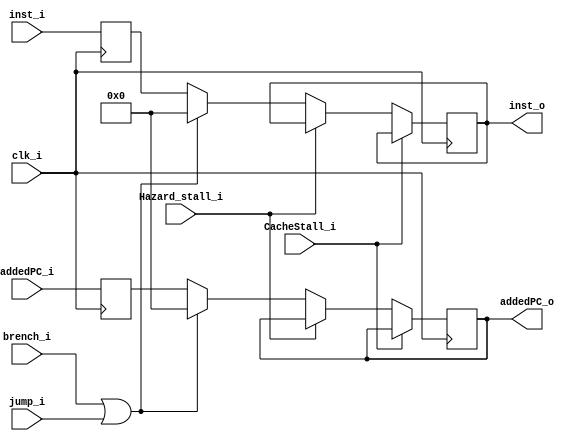
/*flush = jump_i OR brench_i (assign)
  posedge
  negedge
  Hazard_stall_i == 1 flush
  flush == 1 flush
  Hazard_stall_iflush0output addedPC_iinst_i
  (0addedPCinst)
  */
module IF_ID(
  input              clk_i,
  input       [31:0] addedPC_i,
  input              Hazard_stall_i,
  input       [31:0] inst_i,
  input              jump_i,
  input              brench_i,
  input  			 CacheStall_i,
  output reg  [31:0] addedPC_o,
  output reg  [31:0] inst_o 
);

reg [31:0] addedPC;
reg [31:0] inst;


always @(posedge clk_i) begin
  //if (CacheStall_i) begin end
  //else begin 
    addedPC <= addedPC_i;
    inst <= inst_i;
  //end
end

always @(negedge clk_i) begin
  if (CacheStall_i) begin end
  else begin
    if (Hazard_stall_i == 1'b1)begin
    end
    else if((brench_i || jump_i) == 1'b1) begin
      addedPC_o = 32'd0;
      inst_o = 32'd0;
    end
    else begin
      addedPC_o = addedPC;
      inst_o = inst;
    end
  end
end
endmodule